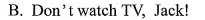
B.Don't watch TV, Jack!